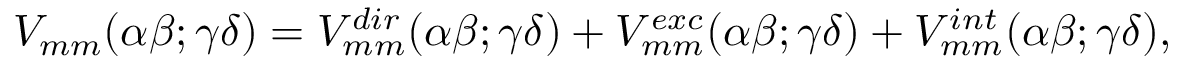
V _ { m m } ( \alpha \beta ; \gamma \delta ) = V _ { m m } ^ { d i r } ( \alpha \beta ; \gamma \delta ) + V _ { m m } ^ { e x c } ( \alpha \beta ; \gamma \delta ) + V _ { m m } ^ { i n t } ( \alpha \beta ; \gamma \delta ) ,